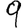
Digit: 9